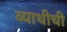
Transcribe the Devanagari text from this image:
व्याधीची